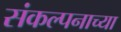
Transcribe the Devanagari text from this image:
संकल्पनाच्या